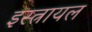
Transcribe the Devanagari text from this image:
इस्त्रायल